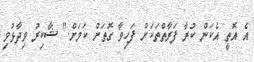
އެ އޮތީ އެކަން ކުރާ ފަރާތްތަކަށް ފަހިވާ ގޮތަށް ކަމަށް." ޝާކިރު ވިދާޅުވި